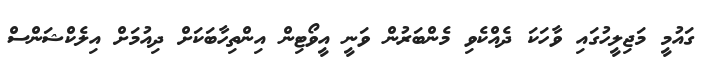
ގައުމީ މަޖިލީހުގައި ވާހަކަ ދެއްކެވި މެންބަރުން ވަނީ އީވޯޓިން އިންތިހާބަކަށް ދިއުމަށް އިލެކްޝަންސް